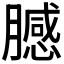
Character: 𱼞